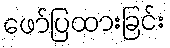
ဖော်ပြထားခြင်း